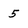
Character: 5